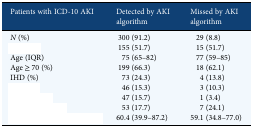
<table><thead><tr><td><b>Patients with ICD-10 AKI</b></td><td><b>Detected by AKI algorithm</b></td><td><b>Missed by AKI algorithm</b></td></tr></thead><tbody><tr><td><i>N</i> (%)</td><td>300 (91.2)</td><td>29 (8.8)</td></tr><tr><td>[EMPTY_CELL]</td><td>155 (51.7)</td><td>15 (51.7)</td></tr><tr><td>Age (IQR)</td><td>75 (65–82)</td><td>77 (59–85)</td></tr><tr><td>Age ≥ 70 (%)</td><td>199 (66.3)</td><td>18 (62.1)</td></tr><tr><td>IHD (%)</td><td>73 (24.3)</td><td>4 (13.8)</td></tr><tr><td>[EMPTY_CELL]</td><td>46 (15.3)</td><td>3 (10.3)</td></tr><tr><td>[EMPTY_CELL]</td><td>47 (15.7)</td><td>1 (3.4)</td></tr><tr><td>[EMPTY_CELL]</td><td>53 (17.7)</td><td>7 (24.1)</td></tr><tr><td>[EMPTY_CELL]</td><td>60.4 (39.9–87.2)</td><td>59.1 (34.8–77.0)</td></tr></tbody></table>